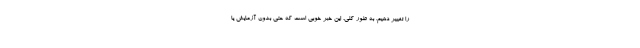
را تغییر دهیم. به طور کلی، این خبر خوبی است که حتی بدون آزمایش یا